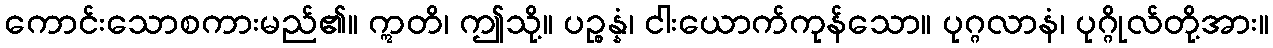
ကောင်းသောစကားမည်၏။ ဣတိ၊ ဤသို့။ ပဉ္စန္နံ၊ ငါးယောက်ကုန်သော။ ပုဂ္ဂလာနံ၊ ပုဂ္ဂိုလ်တို့အား။